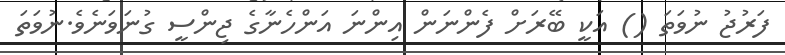
ފަރުޖު ނުވަތަ () އަކީ ބޭރަށް ފެންނަން އިންނަ އަންހެނާގެ ޖިންސީ ގުނަވަނެވެ.ނުވަތަ